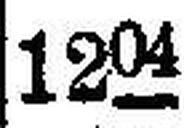
|125